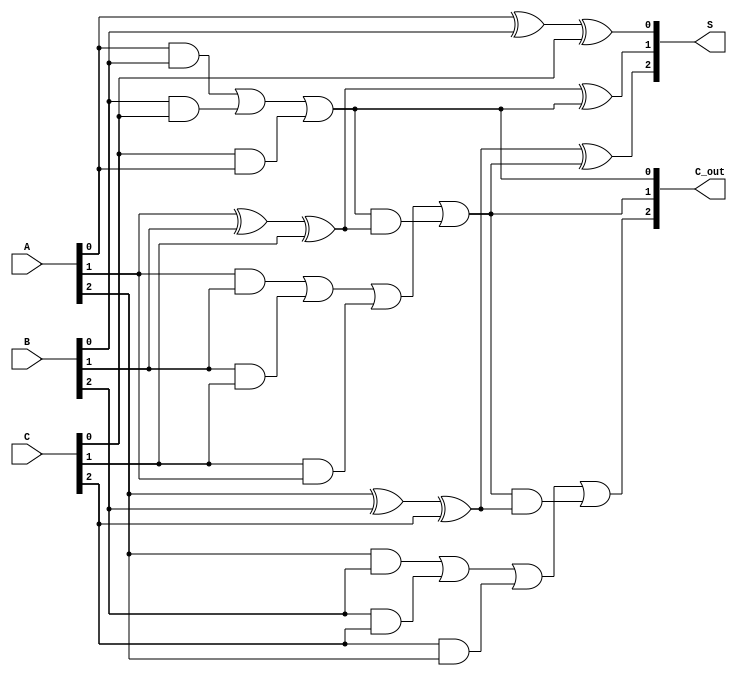
module CarrySaveAdder (
    input  [2:0] A,  // 3-bit input A
    input  [2:0] B,  // 3-bit input B
    input  [2:0] C,  // 3-bit input C
    output [2:0] S,  // 3-bit sum output
    output [2:0] C_out // 3-bit carry output
);

// Intermediate wires for sum and carry
wire [2:0] sum;
wire [2:0] carry;

// Full Adder for bit 0
assign sum[0] = A[0] ^ B[0] ^ C[0];
assign carry[0] = (A[0] & B[0]) | (B[0] & C[0]) | (C[0] & A[0]);

// Full Adder for bit 1
assign sum[1] = A[1] ^ B[1] ^ C[1] ^ carry[0];
assign carry[1] = (A[1] & B[1]) | (B[1] & C[1]) | (C[1] & A[1]) | 
                  (carry[0] & (A[1] ^ B[1] ^ C[1]));

// Full Adder for bit 2
assign sum[2] = A[2] ^ B[2] ^ C[2] ^ carry[1];
assign carry[2] = (A[2] & B[2]) | (B[2] & C[2]) | (C[2] & A[2]) | 
                  (carry[1] & (A[2] ^ B[2] ^ C[2]));

// Assign outputs
assign S = sum;
assign C_out = carry;

endmodule